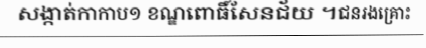
សង្កាត់កាកាប១ ខណ្ឌពោធិ៍សែនជ័យ ។ជនរងគ្រោះ